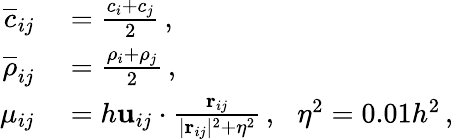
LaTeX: \begin{array}{rl}{\overline{{c}}_{ij}}&{{}=\frac{c_{i}+c_{j}}{2}\, ,}\\ {\overline{{\rho}}_{ij}}&{{}=\frac{\rho_{i}+\rho_{j}}{2}\, ,}\\ {\mu_{ij}}&{{}=h\mathbf{u}_{ij}\cdot\frac{\mathbf{r}_{ij}}{\vert\mathbf{r}_{ij}\vert^{2}+\eta^{2}}\, ,\: \: \: \eta^{2}=0.01h^{2}\, ,}\end{array}